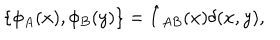
LaTeX: \{ \phi _ { A } ( x ) , \phi _ { B } ( y ) \} = \hat { I } _ { A B } ( x ) \delta ( x , y ) ,